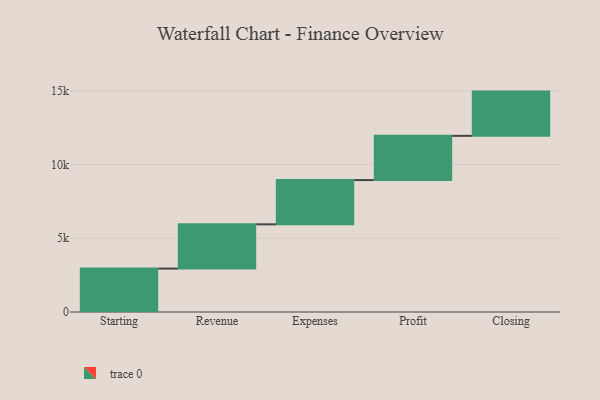
{"axis": {"x": "Step", "y": "Value"}, "legend": [""], "data": [{"x": "Starting", "y": 2944.0, "type": ""}, {"x": "Revenue", "y": 3000, "type": ""}, {"x": "Expenses", "y": 3000, "type": ""}, {"x": "Profit", "y": 3000, "type": ""}, {"x": "Closing", "y": 3000, "type": ""}]}